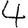
Digit: 4